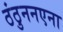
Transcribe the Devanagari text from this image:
ठंठुननएना